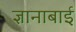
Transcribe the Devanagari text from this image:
ज्ञानाबाई